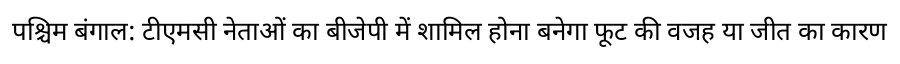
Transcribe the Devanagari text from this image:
पश्चिम बंगाल: टीएमसी नेताओं का बीजेपी में शामिल होना बनेगा फूट की वजह या जीत का कारण